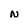
Character: N